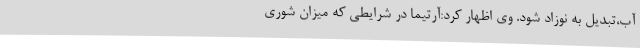
آب،تبدیل به نوزاد شود. وی اظهار کرد:آرتیما در شرایطی که میزان شوری